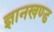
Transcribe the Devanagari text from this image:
ज्ञानखण्ड